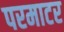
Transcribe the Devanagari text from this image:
परमाटर